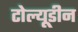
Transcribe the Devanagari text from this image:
टोल्यूडीन